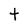
Character: t